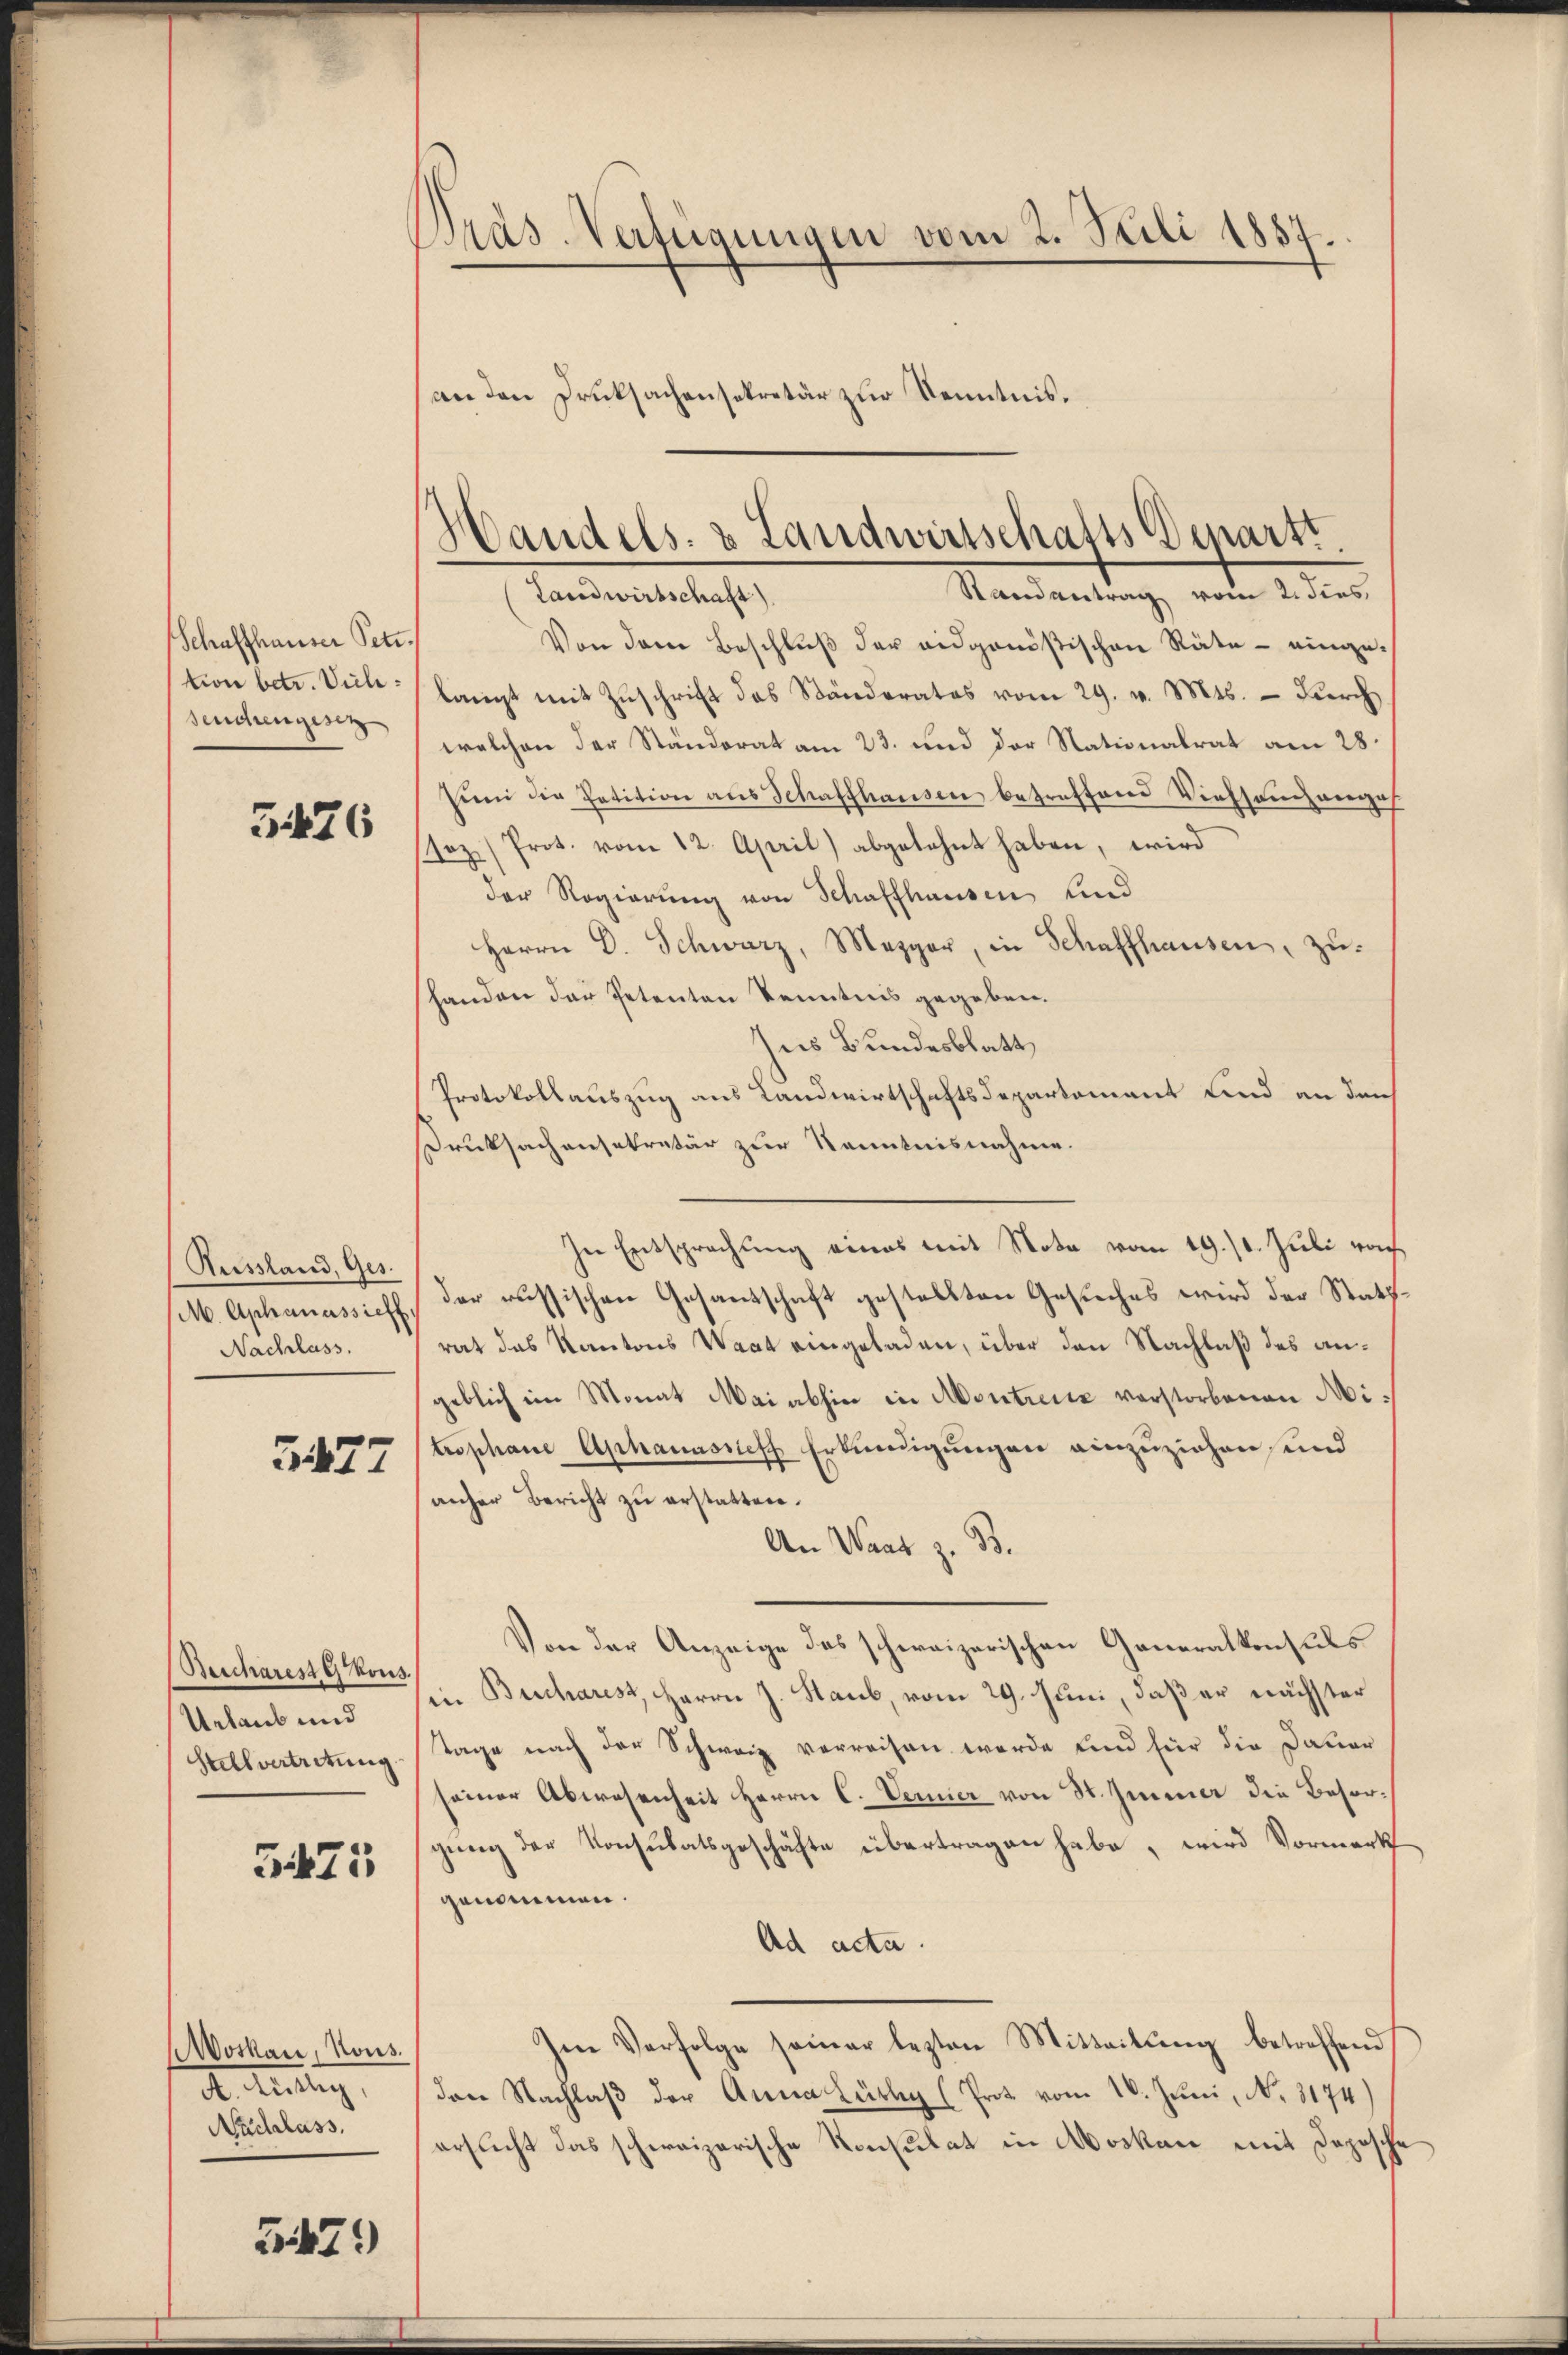
Schaffhauser Petr.
tion betr. Vielseuchengesez

3476

Aussland, Ges.
M. Aphanassieff
Nachlass.

3477

Beicharest kons.
Urlaub und
Helvertretung

3475

Woskau, Kons.
d. Teilung,
Nachlass

5479)

Pras. Verfügungen vom 2. Stili 1857.
(an den Drucksachensekretär zur Kenntnis.

Handels- & Landwirtschafts-Departt.
Randantrag vom 2. dies
Landwirtschaft)

Von dem Beschlŭβ der eidgenößischen Räte - einge-
langt mit Zŭschrift des Ständerates vom 29. v. Mts. dŭrch
welchen der Ständerat am 23. und der Nationalrat am 28.
Pŭni die Petition ans Schaffhausen betreffend Viehsenhanges
sez (Prot. vom 12. April) abgelehnt haben, wird
der Regierung von Schaffhausen und
Herrn D. Schwarz, Mezger, in Schaffhausen, zu-
handen der Petenten Kenntnis gegeben.
Jus Bundesblatt
Protokollauszug aus Landwirtschaftsdepartement sind an den
Druksachensekretär zur Kenntnisnahme.
In Entsprechung eines mit Nota vom 19. 10. Juli roch
der russischen Gesandschaft gestellten Gesuches wird der Stattrat das Kantons Wact eingeladen, über den Nachlaß des angeblich im Monat Mai abhin in Montrević verstorbenen Mitrophane Aphanassich Erkundigungen einzuziehen, und
anher Bericht zu erstatten.
An Wart z. B.
Von der Anzeige des schweizerischen Generalkonsuls
in Bucharest, Herrn J. Staub, vom 29. Juni, daß er nächster
tage nach der Schweiz verreisen werde und für die Dauer
seiner Abwesenheit Herrn C. Vernier von St. Immer die Besorgung der Konsulatsgeschäfte übertragen habe, wird Vormerk
genommen.
Ad acta.
Im Verfolge seiner lezten Mitteilŭng betreffend
den Nachlaβ der Anna Lüthy (Prot vom 10. Juni, No. 3174)
ersucht das schweizerische Konsulat in Moskau mit Dopische